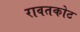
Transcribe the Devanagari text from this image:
रावतकोट